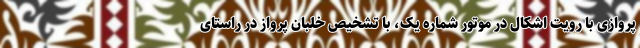
پروازی با رویت اشکال در موتور شماره یک، با تشخیص خلبان پرواز در راستای